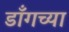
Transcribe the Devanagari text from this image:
डाँगच्या